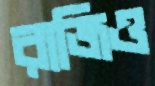
রাজিও